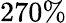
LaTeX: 270\%